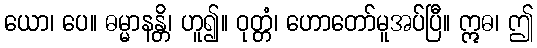
ယော၊ ပေ။ ဓမ္မာနန္တိ၊ ဟူ၍။ ဝုတ္တံ၊ ဟောတော်မူအပ်ပြီ။ ဣဓ၊ ဤ